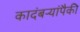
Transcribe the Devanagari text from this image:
कादंबऱ्यांपैकी